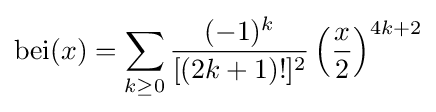
\mathrm {bei} (x)=\sum _{k\geq 0}{\frac {(-1)^{k}}{[(2k+1)!]^{2}}}\left({\frac {x}{2}}\right)^{4k+2}